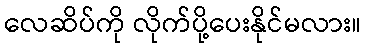
လေဆိပ်ကို လိုက်ပို့ပေးနိုင်မလား။